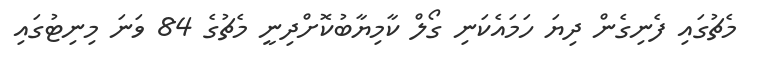
މެޗުގައި ފެނިގެން ދިޔަ ހަމައެކަނި ގޯލް ކާމިޔާބުކޮށްދިނީ މެޗުގެ 84 ވަނަ މިނިޓުގައި